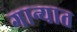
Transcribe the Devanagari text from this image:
गान्यात